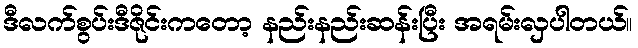
ဒီလက်စွပ်းဒီဇိုင်းကတော့ နည်းနည်းဆန်းပြီး အရမ်းလှပါတယ်။